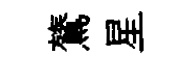
鷟星